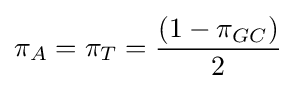
\pi _{A}=\pi _{T}={(1-\pi _{GC}) \over 2}